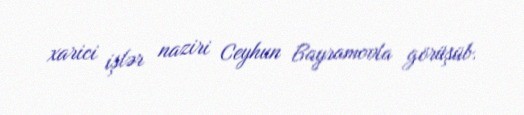
xarici işlər naziri Ceyhun Bayramovla görüşüb.